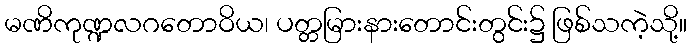
မဏိကုဏ္ဍလဂတောဝိယ၊ ပတ္တမြားနားတောင်းတွင်း၌ ဖြစ်သကဲ့သို့။